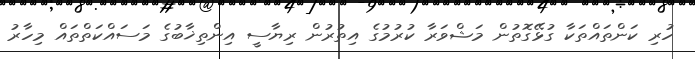
ހުރި ކަންތައްތަކާ ގުޅޭގޮތުން މަޝްވަރާ ކުރުމުގެ އިތުރުން ރިޔާސީ އިންތިޚާބުގެ މަސައްކަތްތައް މިހާރު